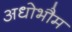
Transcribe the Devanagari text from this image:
अधोभौम